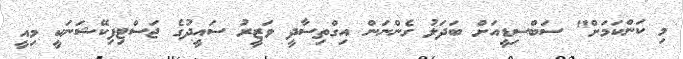
މި ކަންކަމަށް" ސަބްސިޑީއަށް ބަދަލު ގެންނަން އިގްތިސާދީ ވަޒީރު ސައީދުގެ ޖަސްޓިފިކޭޝަނަކީ މިއީ